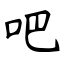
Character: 吧